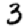
Digit: 3